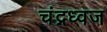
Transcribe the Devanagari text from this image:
चंद्रध्वज